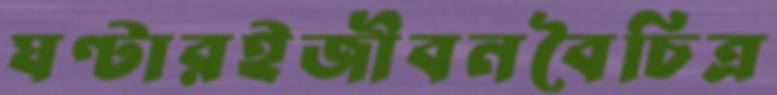
ঘণ্টারইজীবনবৈচিত্র